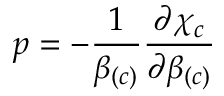
p = - \frac { 1 } { \beta _ { \left( c \right) } } \frac { \partial \chi _ { c } } { \partial \beta _ { \left( c \right) } }